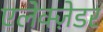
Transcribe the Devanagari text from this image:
एलेक्ज़ेडर